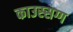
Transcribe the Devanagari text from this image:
काउस्सग्ग